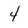
Character: 4